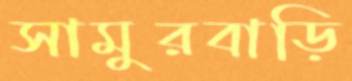
সামুরবাড়ি